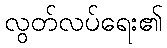
လွတ်လပ်ရေး၏